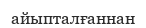
айыпталғаннан